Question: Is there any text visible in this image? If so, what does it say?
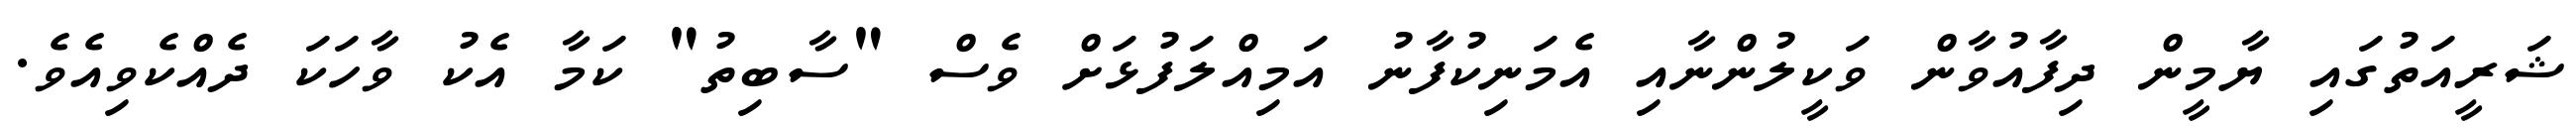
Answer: ޝަރީއަތުގައި ޔާމީން ދިފާއުވާން ވަކީލުންނާއި އެމަނިކުފާނު އަމިއްލަފުޅަށް ވެސް "ސާބިތު" ކަމާ އެކު ވާހަކަ ދެއްކެވިއެވެ.